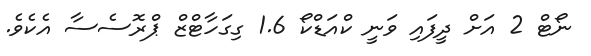
ނޯޓް 2 އަށް ދީފައި ވަނީ ކްއަޑްކޯ 1.6 ގިގަހާޓްޒް ޕްރޮސެސާ އެކެވެ.